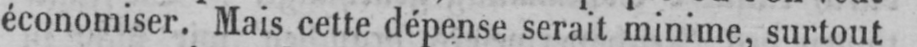
économiser. Mais cette dépense serait minime, surtout